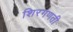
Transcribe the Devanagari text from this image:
शिरगणती